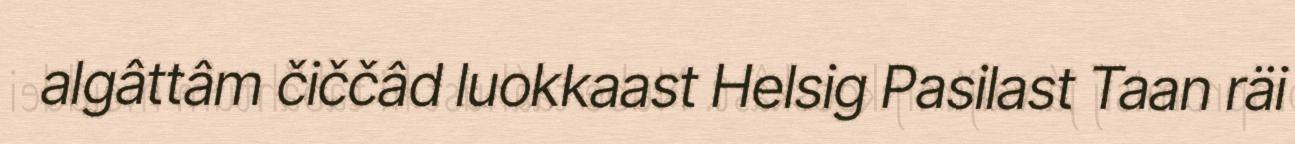
algâttâm čiččâd luokkaast Helsig Pasilast Taan räi